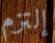
إلتزم